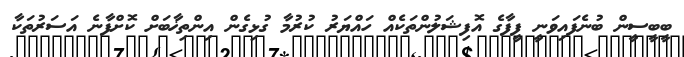
ބީބީސީން ބުނެފައިވަނީ ފީފާގެ އޮފިޝަލުންތަކެއް ހައްޔަރު ކުރުމާ ގުޅިގެން އިންތިޚާބަށް ކޮށްފާނެ އަސަރުތަކާ